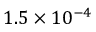
1 . 5 \times 1 0 ^ { - 4 }